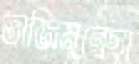
তাজিমুন্নেছা